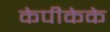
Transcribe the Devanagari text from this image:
केपीकेके